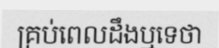
គ្រប់ពេលដឹងឬទេថា